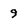
Character: 9